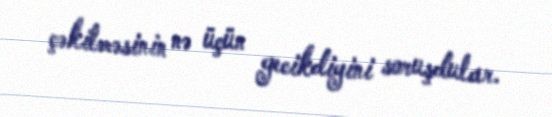
çəkilməsinin nə üçün gecikdiyini soruşdular.